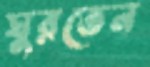
ঘুরতেন